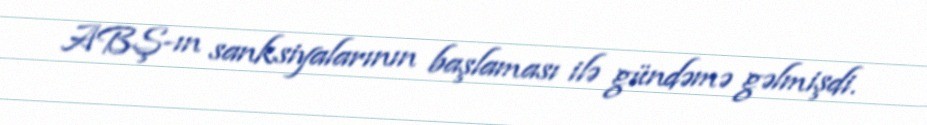
ABŞ-ın sanksiyalarının başlaması ilə gündəmə gəlmişdi.